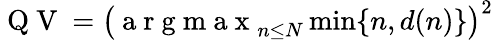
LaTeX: \mathrm{~Q~V~}=\left(\mathrm{~a~r~g~m~a~x~}_{n\le N}\operatorname*{min}\{ n,d(n)\} \right)^{2}